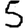
Digit: 5